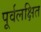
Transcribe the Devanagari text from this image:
पूर्वलक्षित